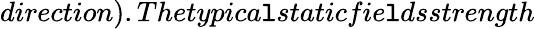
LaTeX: direction).Thetypica\mathtt{l}staticfie\mathtt{l}dsstrength